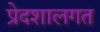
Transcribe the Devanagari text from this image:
प्रेदशालगत